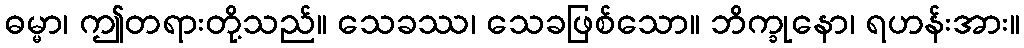
ဓမ္မာ၊ ဤတရားတို့သည်။ သေခဿ၊ သေခဖြစ်သော။ ဘိက္ခုနော၊ ရဟန်းအား။